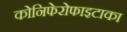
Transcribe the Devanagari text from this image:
कोनिफेरोफाइटाका